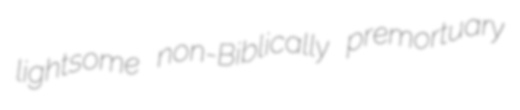
lightsome non-Biblically premortuary